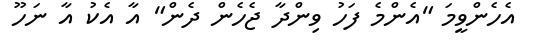
އެހެންވީމަ "އެންމެ ފަހު ވިންދާ ޖެހެން ދެން" އާ އެކު އާ ނަހޫ